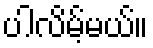
ပါလိမ့်မယ်။